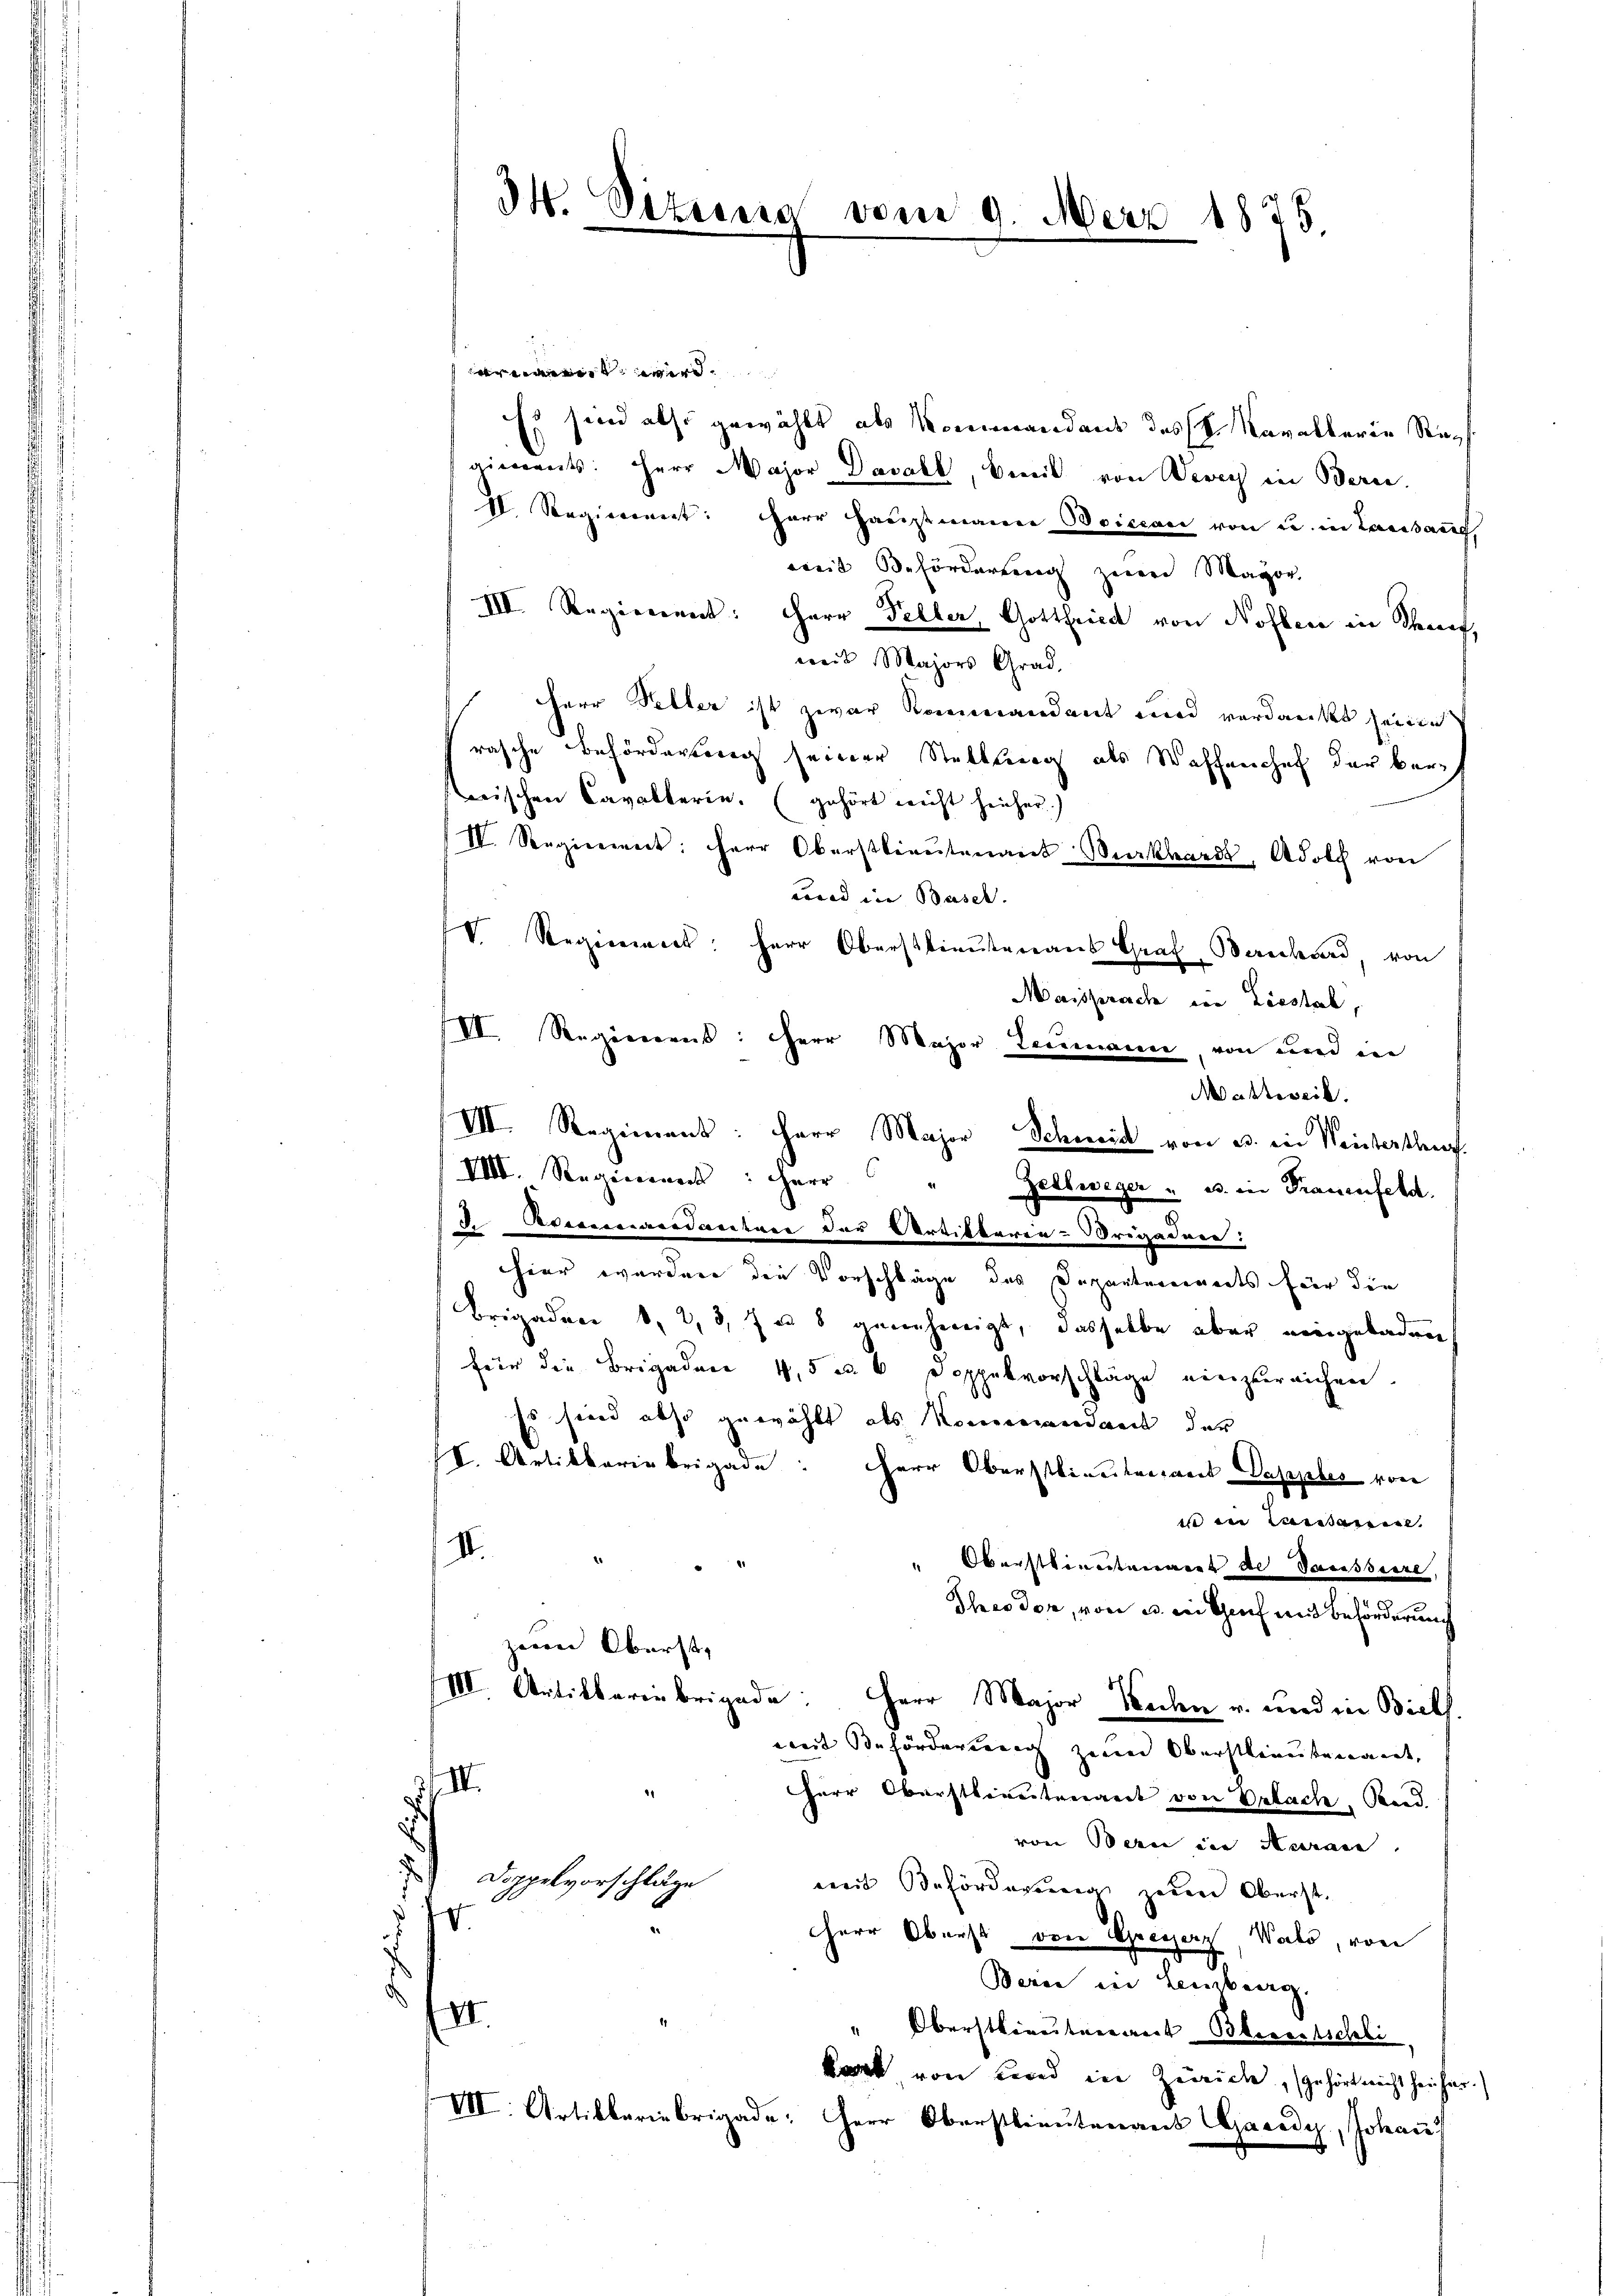
t wird.
Es sind also gewählt als Kommandant des k. Kavallerie Seegiments: Herr Major Davall, Breit von Devey in Bern.
II. Regierennt: Herr Hauptmann Boiccar von u. in Landsang,
weit Beförderung zwar Mayor
III. Regierent: Herr Feller, Gottfried von Nohlen in Senfweit Majors Grad.
Herr Peller ist zwar Kommandant und verdankt seine
rasche Beförderung seiner Stellung als Waffenchef der Ber
erischen Cavallerin. (gehört nicht heicher.)
IV. Regierint: Herr Oberstlieutenant Burkhardt, Adolch von
cnad in Basel.
V. Regieriert: Herr Oberstlieutenaus Graf Bernhard, von
Marsprach von Liestal,
VI Regiereres: Herr Major Leemann, von und in
Mahtessik.
VIII. Regiment: Herr Major Schmid von B. in Winterthuf
VIII. Regierener: Herr " Zellweger " u. in Frauenfeld.
d. Ademandanten der Artilterie-Brigaden:
hier werden die Vorschläge des Depantereinerts für die
Brigaden 1, 2, 3, 7 u. 8 genehmigt, dasselbe aber eingeladen
für die Brigaden 4,5 m 6 Doppelvorschläge einzureichen.
Es sind also gewählt als Kommandant der
II. Artikbariebrigade: Herr Oberstlieutenant Dapples von
e in Lausanne
II.
.
Oberstinentarent de Saussiere,
Thes der, von u. in Genf mit Beförderung
zwei Oberst,
III. Antikbarinebrigade: Herr Major Wochen u. und in Biels.
weit Behörderung zum Oberstlieutenant,
.
Herr Oberstlieutenant von Erbach. Band.
von Bern in Arrann
Doppelvorschläge
mit Beförderung zuen Oberst
e
HHerr Oberst von pressern, Wald, von
Beren in Leiberg.
.
Oberstiretaerart Bereitschli
kart von und in Zürich, gehört nicht heicher.
VII. Artikleriebrigade: Herr Oberstlieutenaus Gacedy, Johan

34. Sizinia vom 9. März 1875.